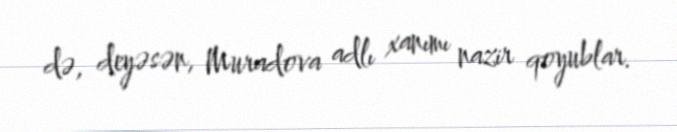
də, deyəsən, Muradova adlı xanımı nazir qoyublar.